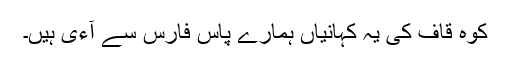
کوہ قاف کی یہ کہانیاں ہمارے پاس فارس سے آءی ہیں۔